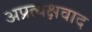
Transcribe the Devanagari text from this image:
अप्रत्यक्षवाद